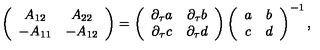
\left( \begin{array} { c c } { A _ { 1 2 } } & { A _ { 2 2 } } \\ { - A _ { 1 1 } } & { - A _ { 1 2 } } \\ \end{array} \right) = \left( \begin{array} { c c } { \partial _ { \tau } a } & { \partial _ { \tau } b } \\ { \partial _ { \tau } c } & { \partial _ { \tau } d } \\ \end{array} \right) \left( \begin{array} { c c } { a } & { b } \\ { c } & { d } \\ \end{array} \right) ^ { - 1 } ,